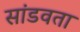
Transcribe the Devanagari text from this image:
सांडवता